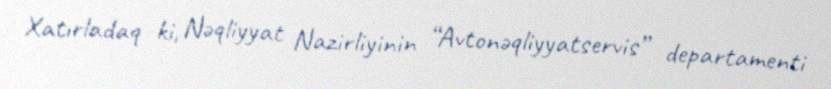
Xatırladaq ki, Nəqliyyat Nazirliyinin “Avtonəqliyyatservis” departamenti